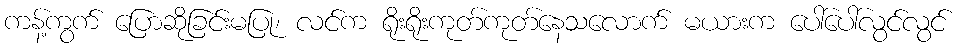
ကန့်ကွက် ပြောဆိုခြင်းမပြု၊ လင်က ရိုးရိုးကုတ်ကုတ်နေသလောက် မယားက ပေါ်ပေါ်လွင်လွင်